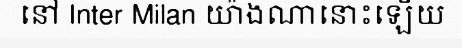
នៅ Inter Milan យ៉ាងណានោះឡើយ